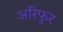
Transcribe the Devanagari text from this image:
अरिफुर